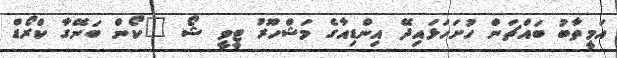
އަމީތާބު ބައްޗަން ހުށަހަޅައިދޭ އިންޑިއާގެ މަޝްހޫރު ޓީވީ ޝޯ "ކޯން ބަނޭގާ ކްރޯޑް